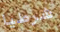
شرطيا